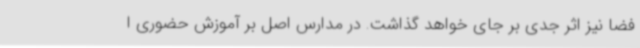
فضا نیز اثر جدی بر جای خواهد گذاشت. در مدارس اصل بر آموزش حضوری ا